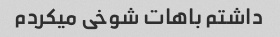
داشتم باهات شوخی میکردم